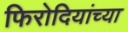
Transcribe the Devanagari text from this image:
फिरोदियांच्या